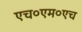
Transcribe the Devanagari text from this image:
एच०एम०एच